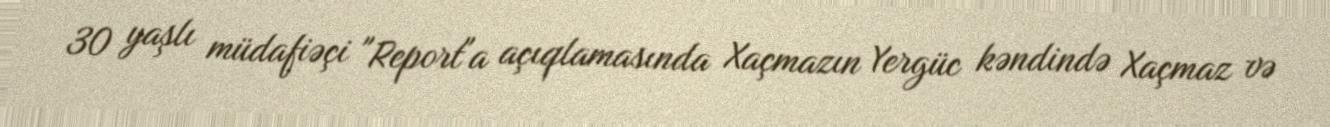
30 yaşlı müdafiəçi "Report"a açıqlamasında Xaçmazın Yergüc kəndində Xaçmaz və